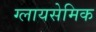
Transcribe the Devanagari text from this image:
ग्लायसेमिक